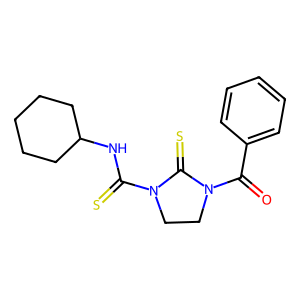
SMILES: O=C(c1ccccc1)N1CCN(C(=S)NC2CCCCC2)C1=S
Inhibits HIV replication: No